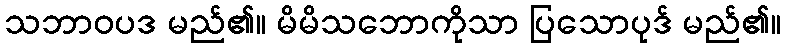
သဘာဝပဒ မည်၏။ မိမိသဘောကိုသာ ပြသောပုဒ် မည်၏။